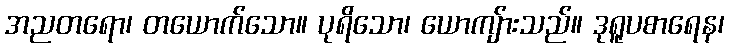
အညတရော၊ တယောက်သော။ ပုရိသော၊ ယောကျ်ားသည်။ ဒုရူပစာရေန၊